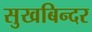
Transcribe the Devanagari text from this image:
सुखबिन्दर